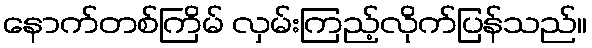
နောက်တစ်ကြိမ် လှမ်းကြည့်လိုက်ပြန်သည်။